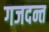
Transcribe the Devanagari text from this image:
गजदन्त